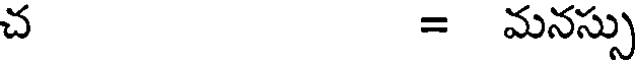
చ = మనస్సు